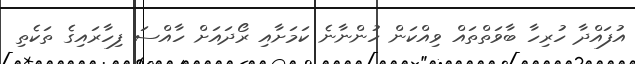
އުފައްދާ ހުރިހާ ބާވަތްތައް ވިއްކަން ހުންނާނެ ކަމަށާއި ރޯދައަށް ހާއްސަ ފިހާރައިގެ ތަކެތި